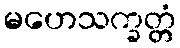
မဟေသက္ခတ္တံ